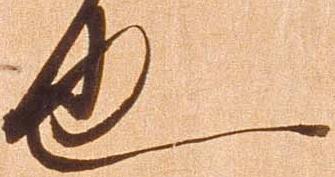
也